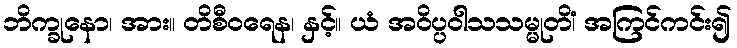
ဘိက္ခုနော၊ အား။ တိစီဝရေန၊ နှင့်။ ယံ အဝိပ္ပဝါသသမ္မုတိံ၊ အကြင်ကင်း၍